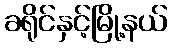
ခရိုင်နှင့်မြို့နယ်